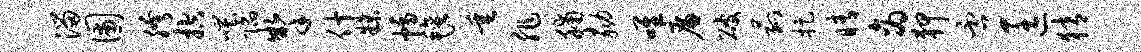
溜圃胯控嗤陷掣什牒幅毡垂非脯劾唯廉破菰捉睛商狎否匡猜